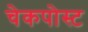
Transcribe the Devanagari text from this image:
चेकपोस्‍ट